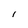
Character: l